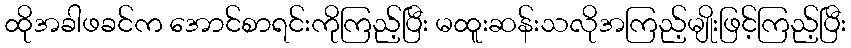
ထိုအခါဖခင်က အောင်စာရင်းကိုကြည့်ပြီး မထူးဆန်းသလိုအကြည့်မျိုးဖြင့်ကြည့်ပြီး